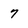
Character: 7